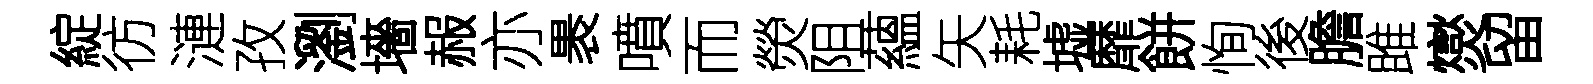
綻彷漣孜瀏墻赧亦褁噴而熒阻蘊矢耗墟靡餅恂後膽雎爕留